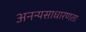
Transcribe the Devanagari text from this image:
अनन्यसाधारणता